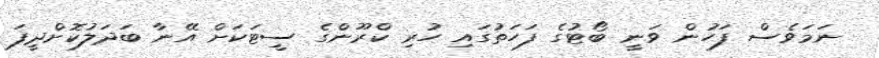
ނަމަވެސް ފަހުން ވަނީ ބޯޓުގެ ފަހަތުގައި ހުރި ކްރޫންގެ ސީޓަކަށް އޭނާ ބަދަލުކޮށްދީފަ